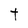
Character: t